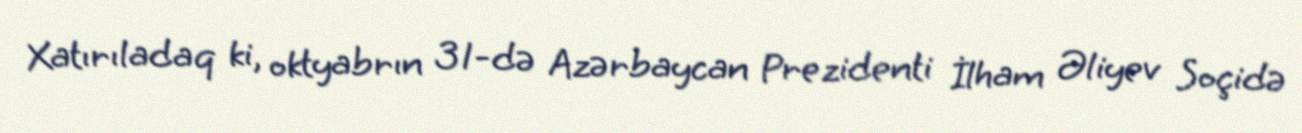
Xatırıladaq ki, oktyabrın 31-də Azərbaycan Prezidenti İlham Əliyev Soçidə